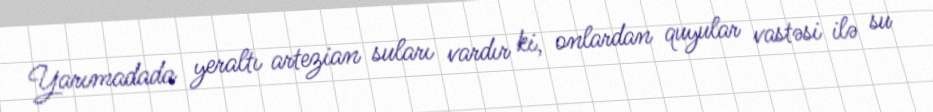
Yarımadada yeraltı artezian suları vardır ki, onlardan quyular vastəsi ilə su